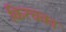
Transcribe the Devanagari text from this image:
किरचका